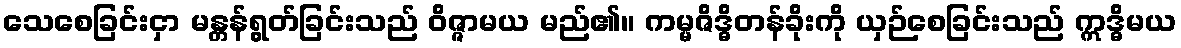
သေစေခြင်းငှာ မန္တန်ရွတ်ခြင်းသည် ဝိဇ္ဇာမယ မည်၏။ ကမ္မဇိဒ္ဓိတန်ခိုးကို ယှဉ်စေခြင်းသည် ဣဒ္ဓိမယ